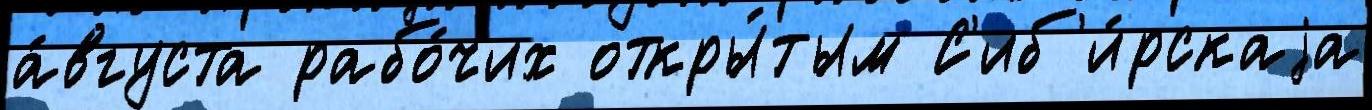
а́вгуста рабо́чих откры́тым С'иб'и́рскаjа